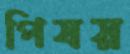
পিষয়